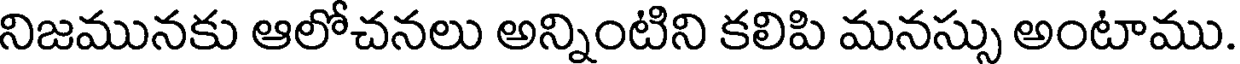
నిజమునకు ఆలోచనలు అన్నింటిని కలిపి మనస్సు అంటాము.